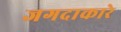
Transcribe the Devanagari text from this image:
जगदाकारे